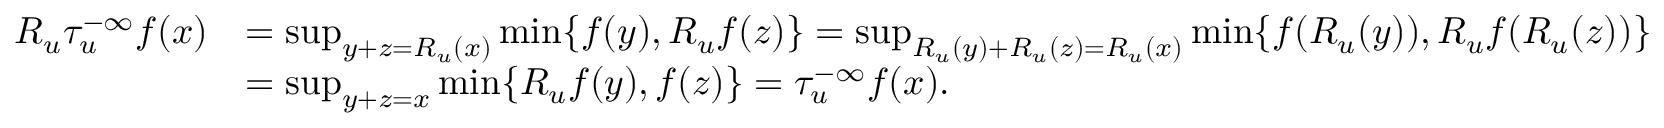
\begin{array} { r l } { R _ { u } \tau _ { u } ^ { - \infty } f ( x ) } & { = \operatorname* { s u p } _ { y + z = R _ { u } ( x ) } \operatorname* { m i n } \{ f ( y ) , R _ { u } f ( z ) \} = \operatorname* { s u p } _ { R _ { u } ( y ) + R _ { u } ( z ) = R _ { u } ( x ) } \operatorname* { m i n } \{ f ( R _ { u } ( y ) ) , R _ { u } f ( R _ { u } ( z ) ) \} } \\ & { = \operatorname* { s u p } _ { y + z = x } \operatorname* { m i n } \{ R _ { u } f ( y ) , f ( z ) \} = \tau _ { u } ^ { - \infty } f ( x ) . } \end{array}